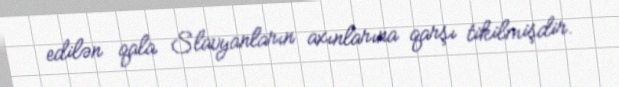
edilən qala Slavyanların axınlarına qarşı tikilmişdir.